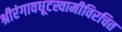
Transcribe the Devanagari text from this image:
श्रीरंगावधूटस्वामीविरचित